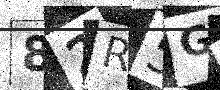
Text: 82R5GS